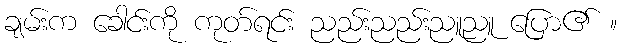
ချမ်းက ခေါင်းကို ကုတ်ရင်း ညည်းညည်းညူညူ ပြော၏ ။